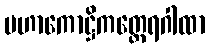
မဟာကောဋ္ဌိကတ္ထေရဂါထာ